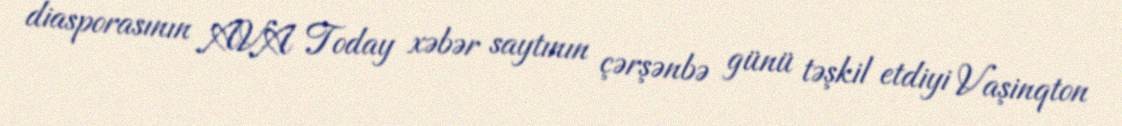
diasporasının AVA Today xəbər saytının çərşənbə günü təşkil etdiyi Vaşinqton